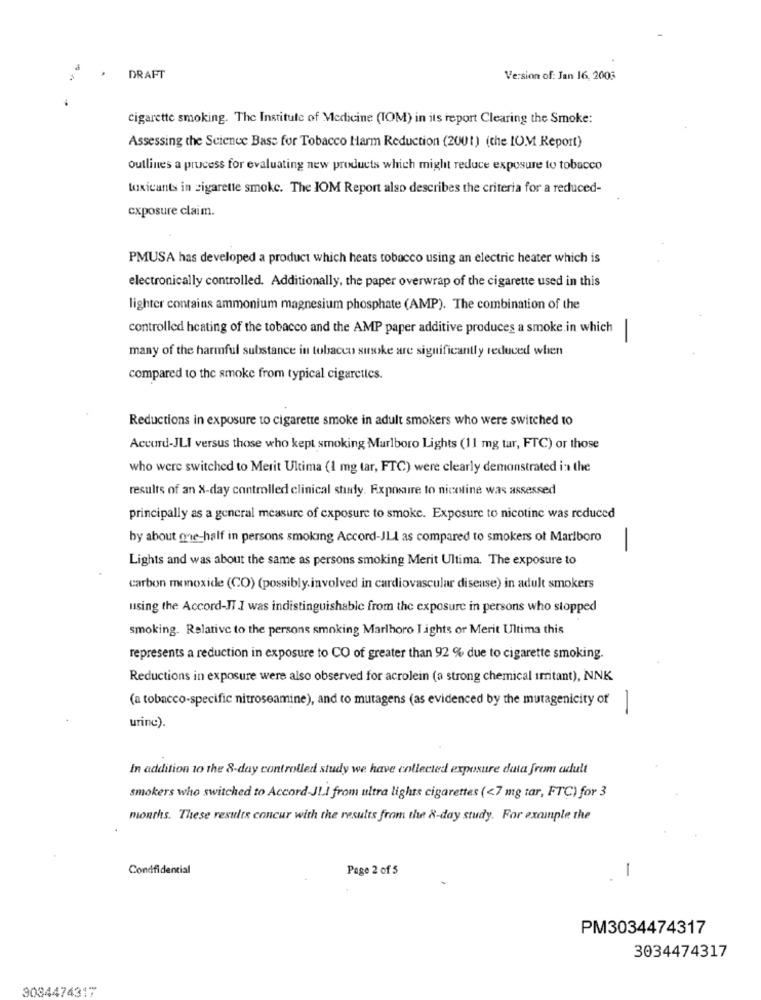
DRAFT
Version of: Jan 16, 2003
cigarette smoking. The Institute of Medicine (IOM) in its report Clearing the Smoke:
Assessing the Science Bass for Tobacco Harm Reduction (2001) (che IO.M Report)
outlines a process for evaluating new products which might reduce exposure to tobacco
toxicants in cigarette smoke. The IOM Report also describes the criteria for a reduced-
exposure claim.
PMUSA has developed a product which heats tobacco using an electric heater which is
electronically controlled. Additionally, the paper overwrap of the cigarette used in this
lighter contains ammonium magnesium phosphate (AMP). The combination of the
controlled heating of the tobacco and the AMP paper additive produces a smoke in which
-
many of the harmful substance in tobacco sinoke are significantly reduced when
compared to the smoke from typical cigarettes.
Reductions in exposure to cigarette smoke in adult smokers who were switched to
Accord-JLI versus those who kept smoking Marlboro Lights (11 mg tar, FTC) or those
who were switched to Merit Ultima (1 mg tar, FTC) were clearly demonstrated in the
results of an X-day controlled clinical study. Exposure to nicotine was assessed
principally as a general measure of exposure to smoke. Exposure to nicotine was reduced
by about one-half in persons smoking Accord-JLI as compared to smokers ot Marlboro
-
Lights and was about the same as persons smoking Merit Ultima. The exposure to
carbon monoxide (CO) (possibly.involved in cardiovascular disease) in adult smokers
using the Accord-IT I was indistinguishable from the exposure in persons who stopped
smoking. Relative to the persons smoking Marlhoro I ights or Merit Ultima this
represents a reduction in exposure to CO of greater than 92 % due to cigarette smoking.
Reductions in exposure were also observed for acrolein (a strong chemical irritant), NNK
(a tobacco-specific nitroseamine), and to mutagens (as evidenced by the mutagenicity of]
urine).
In addition to the 8-day controlled study we have collected exposure data from adult
smokers who switched to Accord-JLI from ultra lights cigarettes (<7 mg tar, FTC) for 3
months. These results concur with the results from the &-day study. For example the
Condfidential
Page 2 of 5
-
PM3034474317
3034474317
3034474317